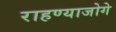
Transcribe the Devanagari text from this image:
राहण्याजोगे